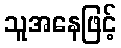
သူအနေဖြင့်